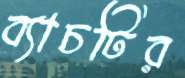
ব্যাচটির